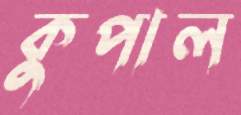
কুপাল